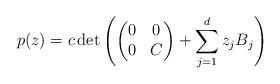
LaTeX: \begin{align*}p(z) = c\det\left( \begin{pmatrix} 0 & 0 \\ 0 & C \end{pmatrix} +\sum_{j=1}^{d} z_j B_j \right)\end{align*}